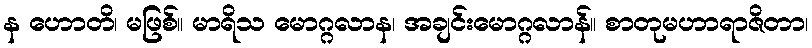
န ဟောတိ၊ မဖြစ်။ မာရိသ မောဂ္ဂလာန၊ အချင်းမောဂ္ဂလာန်။ စာတုမဟာရာဇိတာ၊